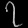
Digit: ၇